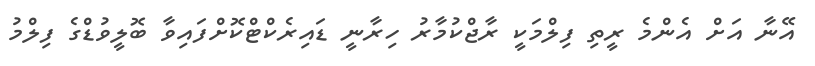
އޭނާ އަށް އެންމެ ރީތި ފިލްމަކީ ރާޖްކުމާރު ހިރާނީ ޑައިރެކްޓްކޮށްފައިވާ ބޮލީވުޑްގެ ފިލްމު